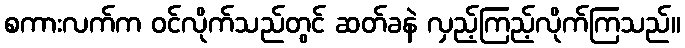
စကားလက်က ဝင်လိုက်သည်တွင် ဆတ်ခနဲ လှည့်ကြည့်လိုက်ကြသည်။